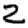
Digit: 2